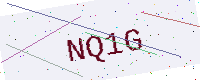
Text: NQ1G